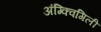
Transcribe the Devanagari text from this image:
अंग्क्विगिली